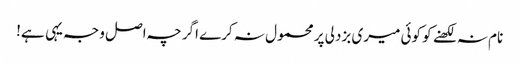
نام نہ لکھنے کو کوئی میری بزدلی پر محمول نہ کرے اگرچہ اصل وجہ یہی ہے!